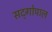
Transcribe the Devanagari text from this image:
सद्‍गोपाल